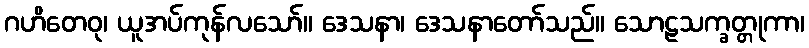
ဂဟိတေဝု၊ ယူအပ်ကုန်လသော်။ ဒေသနာ၊ ဒေသနာတော်သည်။ သောဠသက္ခတ္တုကာ၊